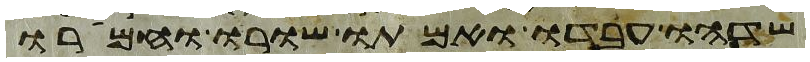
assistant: שדהו עבדו ואמתו שורו וחמרו